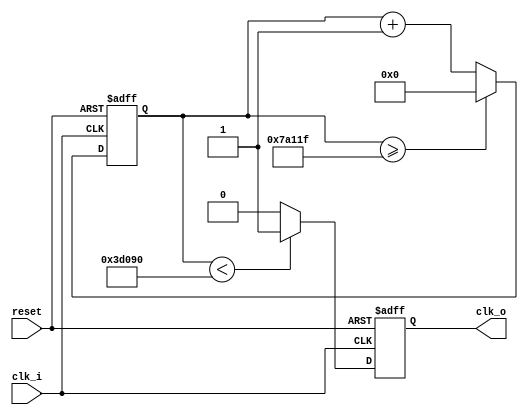
module clock_div_to_1kHz(
    input clk_i, reset,
    output reg clk_o
    );
    reg[18:0] counter = 19'd0;
    integer DIVISOR = 500000; //need 18 bits for 100000
    always @(posedge clk_i or negedge reset) begin
        if(!reset) begin
            clk_o <= 0;
            counter <= 0;
        end else begin
        counter <= counter + 1;
           if(counter >= (DIVISOR-1))
            counter <= 18'd0;
           clk_o <= (counter<DIVISOR/2)?1'b1:1'b0;
           end
     end
endmodule